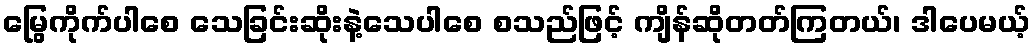
မြွေကိုက်ပါစေ သေခြင်းဆိုးနဲ့သေပါစေ စသည်ဖြင့် ကျိန်ဆိုတတ်ကြတယ်၊ ဒါပေမယ့်